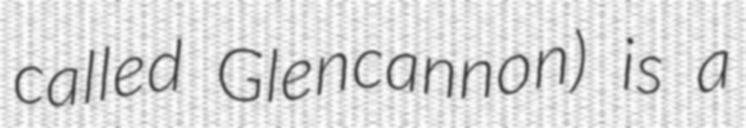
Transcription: called Glencannon) is a